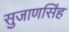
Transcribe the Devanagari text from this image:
सुजाणसिंह